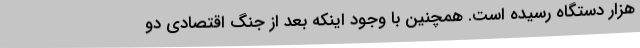
هزار دستگاه رسیده است. همچنین با وجود اینکه بعد از جنگ اقتصادی دو